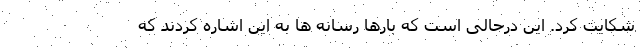
شکایت کرد. این درحالی است که بارها رسانه ها به این اشاره کردند که